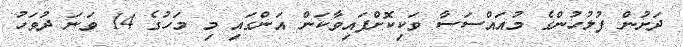
ދަށުން ފުލުހުންގެ މުއައްސަސާ ވަކިކޮށްފައިވާކަން އަންގައި މި މަހުގެ 14 ވަނަ ދުވަހު